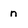
Character: n